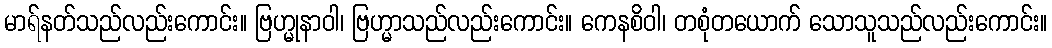
မာရ်နတ်သည်လည်းကောင်း။ ဗြဟ္မုနာဝါ၊ ဗြဟ္မာသည်လည်းကောင်း။ ကေနစိဝါ၊ တစုံတယောက် သောသူသည်လည်းကောင်း။